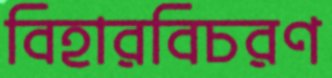
বিহারবিচরণ